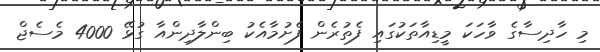
މި ހާދިސާގެ ވާހަކަ މީޑިއާތަކުގައި ފެތުރެން ފެށުމާއެކު ބިންލާދިންއާ ގުޅޭ 4000 މެސެޖް